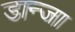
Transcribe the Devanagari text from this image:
डान्जा